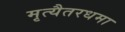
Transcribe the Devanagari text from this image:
मृत्यैतरधमा